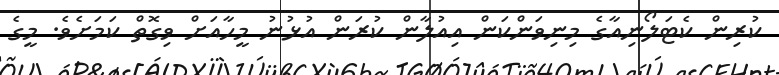
ކުރިން ކެޓަލޯނިއާގެ މިނިވަންކަން އިއުލާން ކުރަން އުޅުނު މީހާއަށް ވިގޮތް ކަމަށެވެ. މީގެ